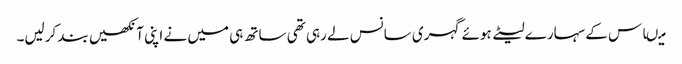
میںاس کے سہارے لیٹے ہوئے گہری سانس لے رہی تھی ساتھ ہی میں نے اپنی آنکھیں بند کرلیں۔